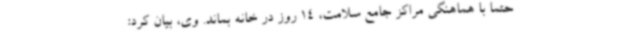
حتما با هماهنگی مراکز جامع سلامت، 14 روز در خانه بماند. وی، بیان کرد: